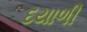
દયાળી